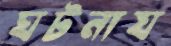
ঘটনায